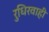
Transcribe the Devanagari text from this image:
रुधिरवाही